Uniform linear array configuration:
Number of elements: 32
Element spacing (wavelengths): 0.5
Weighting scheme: cosine
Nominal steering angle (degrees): -30
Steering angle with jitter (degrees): -29.163
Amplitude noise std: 0.05
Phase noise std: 0.05

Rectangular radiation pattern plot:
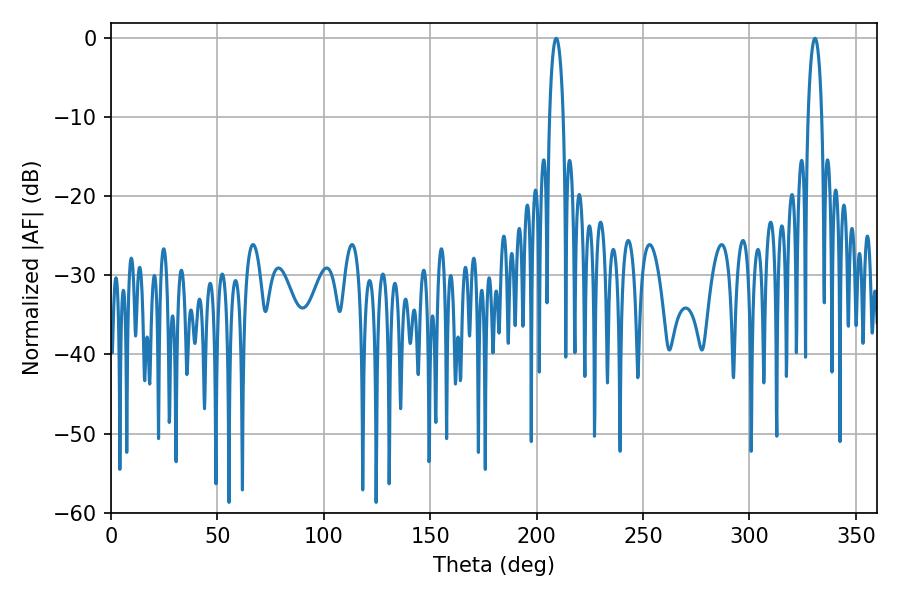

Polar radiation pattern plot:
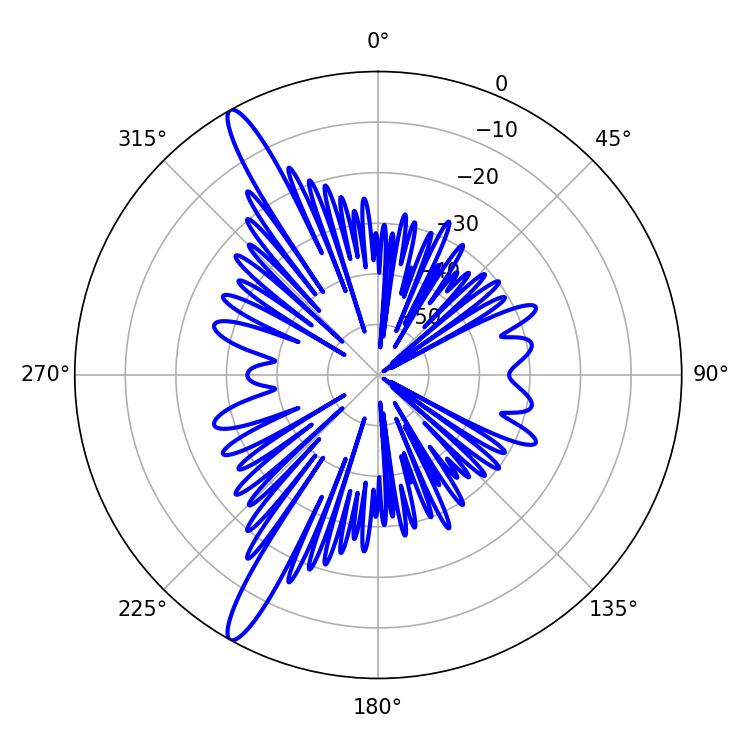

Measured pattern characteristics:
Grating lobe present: FALSE
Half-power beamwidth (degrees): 3.6
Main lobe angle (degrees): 209.16